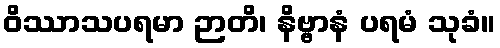
ဝိဿာသပရမာ ဉာတိ၊ နိဗ္ဗာနံ ပရမံ သုခံ။